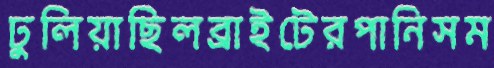
ঢুলিয়াছিলব্রাইটেরপানিসম